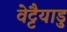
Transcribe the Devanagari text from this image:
वेट्टैयाडु